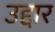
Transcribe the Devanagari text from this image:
उद्दार